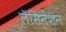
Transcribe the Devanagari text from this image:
लॅमिनेशन